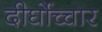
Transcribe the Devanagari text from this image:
दीर्घोच्चार